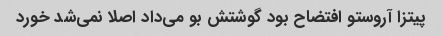
پیتزا آروستو افتضاح بود گوشتش بو می‌داد اصلا نمی‌شد خورد